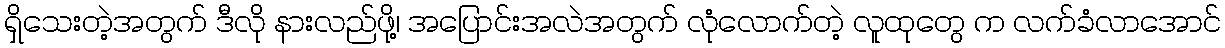
ရှိသေးတဲ့အတွက် ဒီလို နားလည်ဖို့၊ အပြောင်းအလဲအတွက် လုံလောက်တဲ့ လူထုတွေ က လက်ခံလာအောင်